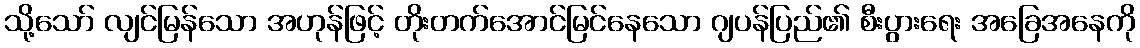
သို့သော် လျင်မြန်သော အဟုန်ဖြင့် တိုးတက်အောင်မြင်နေသော ဂျပန်ပြည်၏ စီးပွားရေး အခြေအနေကို